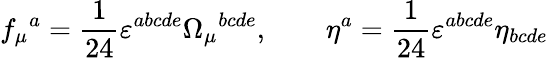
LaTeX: f_{\mu}{}^{a}=\frac{1}{24}\varepsilon^{abcde}\Omega_{\mu}{}^{bcde},\qquad\eta^{a}=\frac{1}{24}\varepsilon^{abcde}\eta_{bcde}